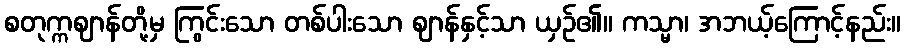
စတုက္ကဈာန်တို့မှ ကြွင်းသော တစ်ပါးသော ဈာန်နှင့်သာ ယှဉ်၏။ ကသ္မာ၊ အဘယ့်ကြောင့်နည်း။